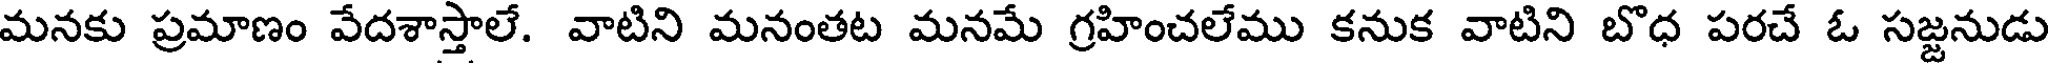
మనకు ప్రమాణం వేదశాస్తాలే. వాటిని మనంతట మనమే గ్రహించలేము కనుక వాటిని బొధ పరచే ఓ సజ్జనుడు